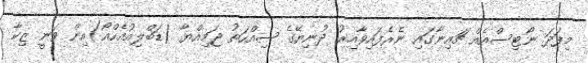
މިފަދަ ނޯޓިސްއެއް ޗައިނާގައި ނެރެފައިވާއިރު ދުނިޔޭގެ ސިއްހަތު ޖަމިއްޔާ (ޑަބްލިއުއެހްއޯ)އިން ވަނީ ޒިކާ